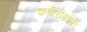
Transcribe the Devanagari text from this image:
कर्करोग़ाची